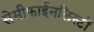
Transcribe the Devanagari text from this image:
सेमीफाईनलिस्टों